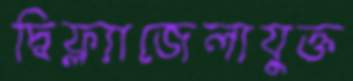
দ্বিফ্ল্যাজেলাযুক্ত